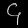
Digit: ၄